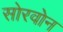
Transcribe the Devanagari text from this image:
सोरवोन